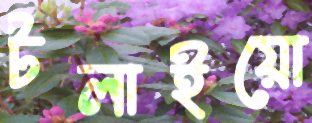
টলাইয়ো